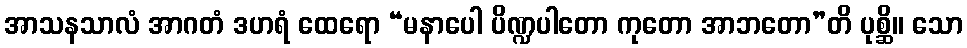
အာသနသာလံ အာဂတံ ဒဟရံ ထေရော “မနာပေါ ပိဏ္ဍပါတော ကုတော အာဘတော”တိ ပုစ္ဆိ။ သော